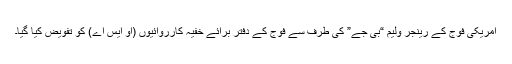
امریکی فوج کے رینجر ولیم “بی جے” کی طرف سے فوج کے دفتر برائے خفیہ کارروائیوں (او ایس اے) کو تفویض کیا گیا۔